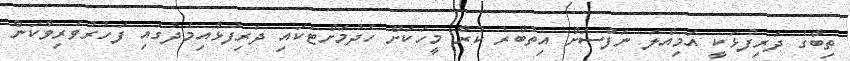
ތިބާގެ ދަރިފުޅަކީ އަމިއްލަ ނަފްސަށް އިތުބާރު ކުރާ މީހަކަށް ހެދުމަށްޓަކައި ދަރިފުޅާއިމެދުގައި ފަހުރުވެރިވާކަން